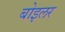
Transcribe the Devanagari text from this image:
बोइलर